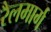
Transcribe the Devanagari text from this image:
रैलमार्ग